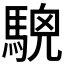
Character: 𩤖